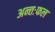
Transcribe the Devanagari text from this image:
अन्तःफल